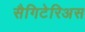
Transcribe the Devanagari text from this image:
सैगिटेरिअस